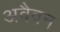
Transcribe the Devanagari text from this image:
अवैवन